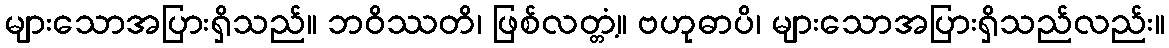
များသောအပြားရှိသည်။ ဘဝိဿတိ၊ ဖြစ်လတ္တံ့။ ဗဟုဓာပိ၊ များသောအပြားရှိသည်လည်း။